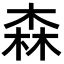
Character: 森